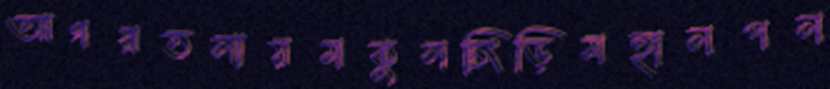
আগরতলায়মকুলচিংড়িমহালপল